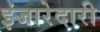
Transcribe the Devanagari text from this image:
इंजारेदारी